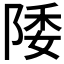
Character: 𱀚